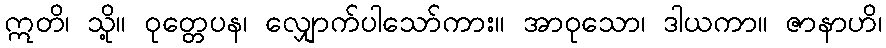
ဣတိ၊ သို့။ ဝုတ္တေပန၊ လျှောက်ပါသော်ကား။ အာဝုသော၊ ဒါယကာ။ ဇာနာဟိ၊